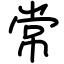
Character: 常